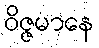
ဝိဇ္ဇမာနေ